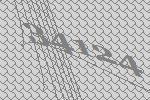
34124